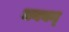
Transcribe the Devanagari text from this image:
जनयन्